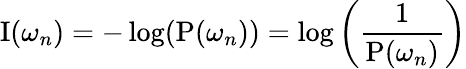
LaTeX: \operatorname{I}(\omega_{n})=-\log(\operatorname{P}(\omega_{n}))=\log\left({\frac{1}{\operatorname{P}(\omega_{n})}}\right)